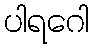
ပါရဂေါ